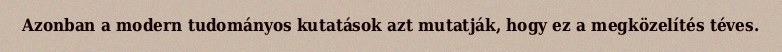
Azonban a modern tudományos kutatások azt mutatják, hogy ez a megközelítés téves.